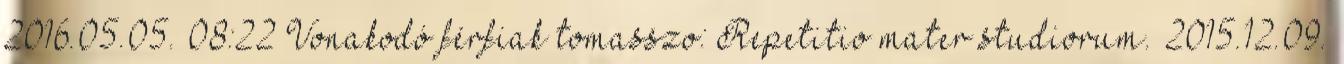
2016.05.05. 08:22 Vonakodó férfiak tomasszo: Repetitio mater studiorum. 2015.12.09.